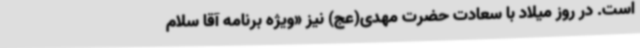
است. در روز میلاد با سعادت حضرت مهدی(عج) نیز «ویژه برنامه آقا سلام